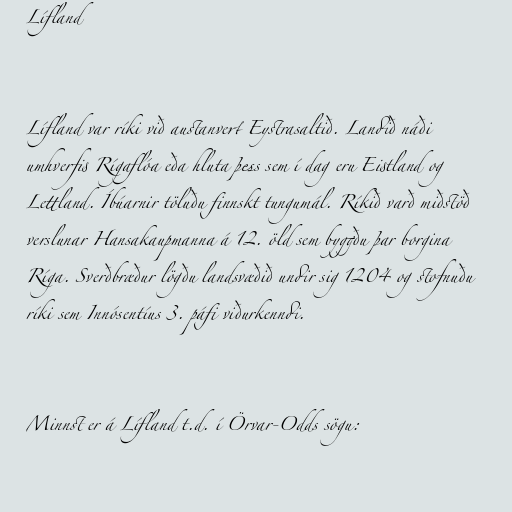
Lífland

Lífland var ríki við austanvert Eystrasaltið. Landið náði
umhverfis Rígaflóa eða hluta þess sem í dag eru Eistland og
Lettland. Íbúarnir töluðu finnskt tungumál. Ríkið varð miðstöð
verslunar Hansakaupmanna á 12. öld sem byggðu þar borgina
Ríga. Sverðbræður lögðu landsvæðið undir sig 1204 og stofnuðu
ríki sem Innósentíus 3. páfi viðurkenndi.

Minnst er á Lífland t.d. í Örvar-Odds sögu: